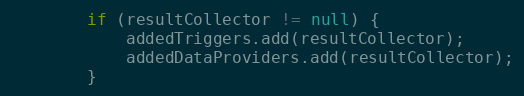
Language: Java
        if (resultCollector != null) {
            addedTriggers.add(resultCollector);
            addedDataProviders.add(resultCollector);
        }